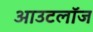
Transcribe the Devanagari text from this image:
आउटलॉज